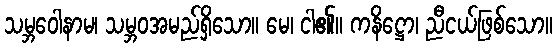
သမ္ဘဝေါနာမ၊ သမ္ဘဝအမည်ရှိသော။ မေ၊ ငါ၏။ ကနိဋ္ဌော၊ ညီငယ်ဖြစ်သော။